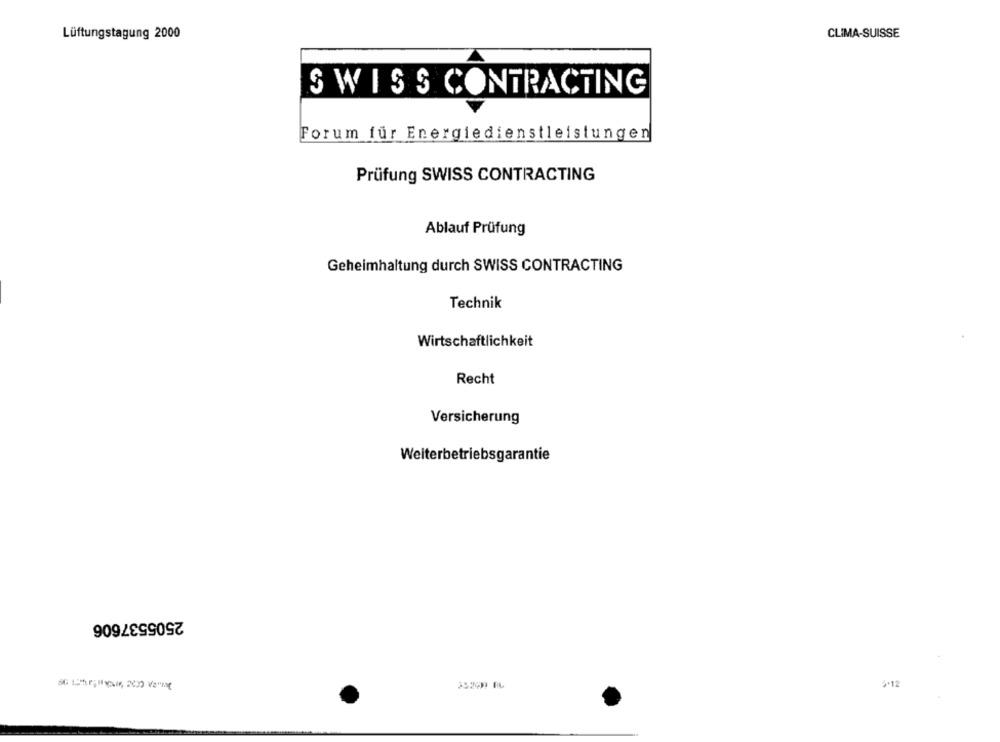
Lüftungstagung 2000
CLIMA-SUISSE
SWISS CONTRACTING
Forum für Energiedienstleistungen
Prüfung SWISS CONTRACTING
Ablauf Prüfung
Geheimhaltung durch SWISS CONTRACTING
Technik
Wirtschaftlichkeit
Recht
Versicherung
Weiterbetriebsgarantie
2505537606
4.12